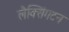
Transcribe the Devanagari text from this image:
लैक्सिंगटन